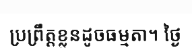
ប្រព្រឹត្តខ្លួនដូចធម្មតា។ ថ្ងៃ